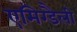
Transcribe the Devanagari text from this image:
एमिग्डैली